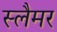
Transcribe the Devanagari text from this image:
स्लैमर